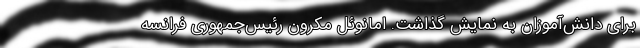
برای دانش‌آموزان به نمایش گذاشت. امانوئل مکرون رئیس‌جمهوری فرانسه